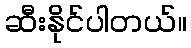
ဆီးနိုင်ပါတယ်။